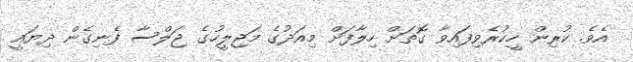
އެވެ. ކުރިން ހީކުރެވިފައިވާ ގޮތަށް ހިލާފަށް މިއަދުގެ މަޖިލީހުގެ ޖަލްސާ ފެނިގެން ދިޔައީ